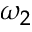
\omega _ { 2 }